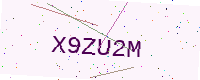
Text: X9ZU2M